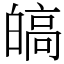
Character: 皜